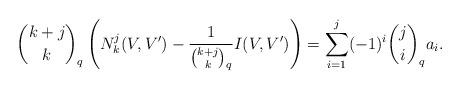
LaTeX: \begin{align*}{k+j \choose k}_q\left (N_k^j(V,V')-\frac{1}{{k+j \choose k}_q}I(V,V')\right ) = \sum\limits_{i=1}^j (-1)^{i}{j \choose i}_qa_i.\end{align*}